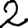
Digit: 2